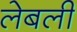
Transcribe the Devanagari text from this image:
लेबली